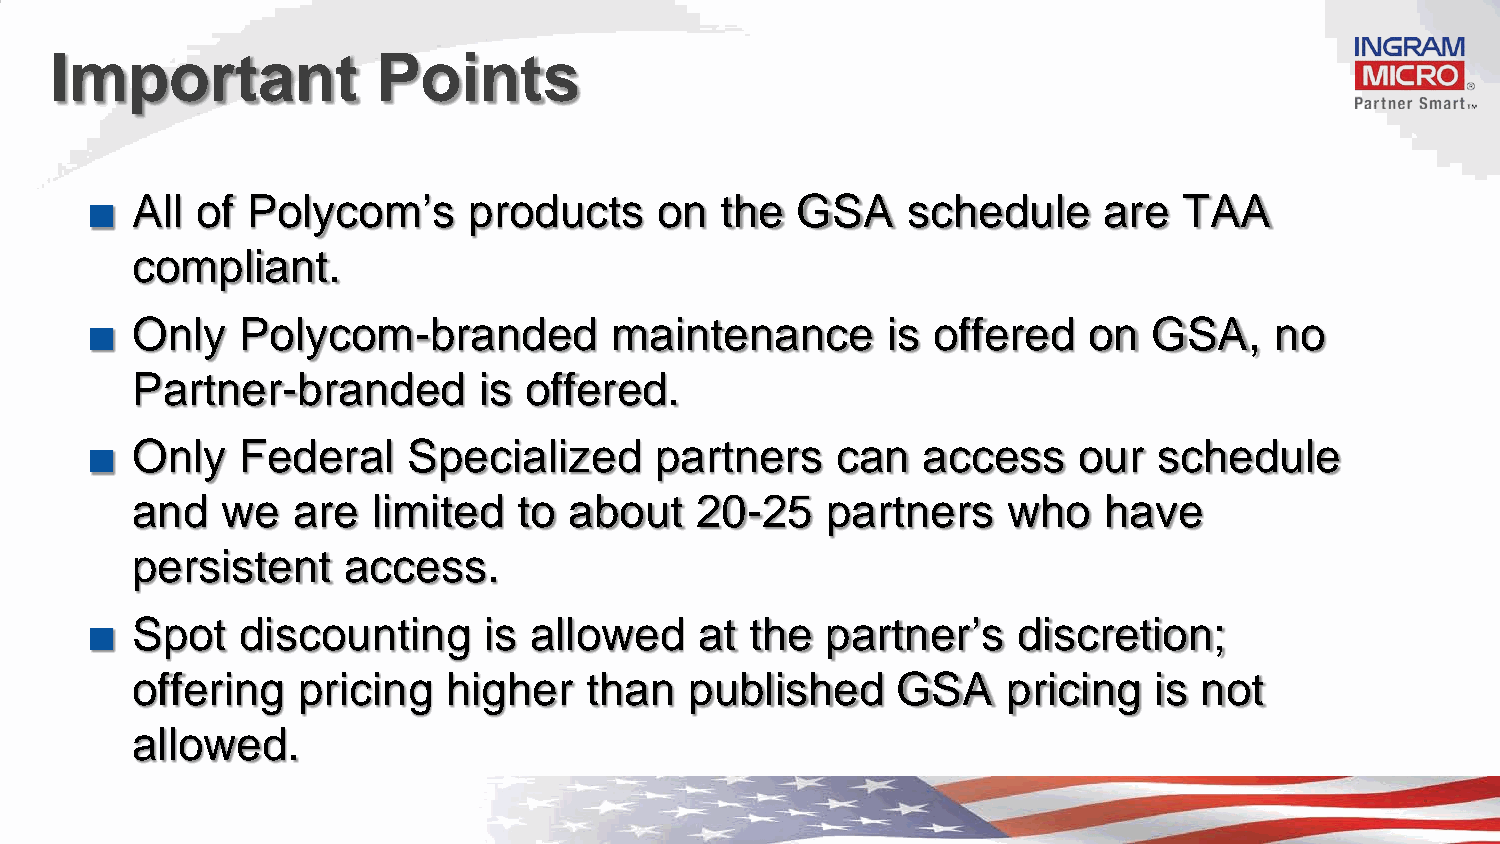
Important             Points
 ■  All of Polycom’s      products    on   the  GSA    schedule     are  TAA
 compliant.
 ■  Only   Polycom-branded         maintenance        is offered   on  GSA,    no
 Partner-branded        is offered.
 ■  Only   Federal    Specialized     partners    can   access    our   schedule
 and   we  are   limited  to  about   20-25    partners    who   have
 persistent    access.
 ■  Spot   discounting     is allowed    at  the  partner’s   discretion;
 offering   pricing   higher   than   published    GSA     pricing  is not
 allowed.
 Confidential and proprietary information of Ingram Micro Inc. — Do not distribute or duplicate without Ingram Micro's express written permission. 1403007_3